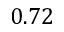
0 . 7 2